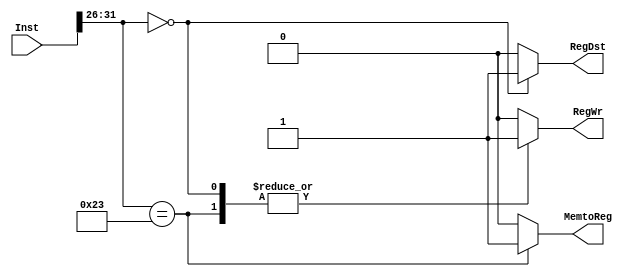
`timescale 1ns/1ps
module WBMCU (
    input [31:0] Inst,
    output reg RegDst,
    output reg RegWr,
    output reg MemtoReg
);
    reg [5:0] OP_Code; 
    initial begin
        OP_Code = 0;
        RegWr = 0;
        MemtoReg = 0;
        RegDst = 0;
    end
    always @(*) begin
        OP_Code = Inst[31:26];
        RegWr = 0;
        MemtoReg = 0;
        RegDst = 0;
        case(OP_Code)
            6'b000000: begin
                RegDst = 1;
                RegWr = 1;
            end
            6'b100011: begin
                RegWr = 1;
                MemtoReg = 1;
            end
        endcase
    end
    
endmodule